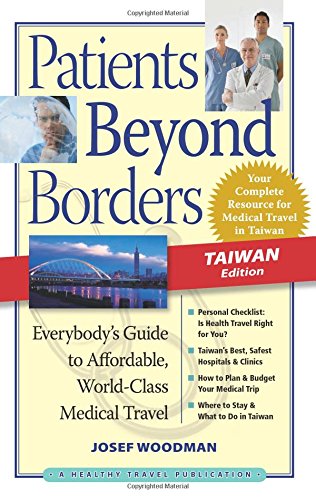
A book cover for Patients Beyond Borders Taiwan Edition: Everybody's Guide to Affordable, World-Class Medical Care Abroad; Josef Woodman; Travel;